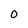
Character: 0